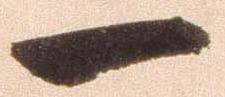
一